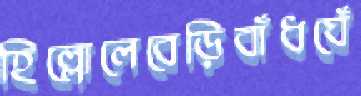
হিল্লোলেবেড়িবাঁধঘেঁ